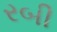
રબી